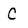
Character: C